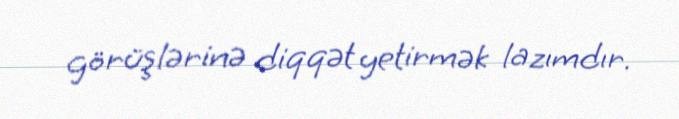
görüşlərinə diqqət yetirmək lazımdır.